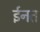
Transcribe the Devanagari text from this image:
ईनत